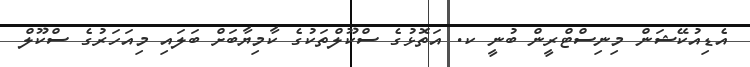
އެޑިއުކޭޝަން މިނިސްޓްރީން ބުނީ ކ. އަތޮޅުގެ ސްކޫލްތަކުގެ ކާމިޔާބަށް ބަލައި މިއަހަރުގެ ސްކޫލް